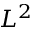
L ^ { 2 }